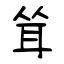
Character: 耸